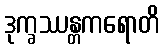
ဒုက္ခဿန္တကရောတိ